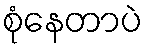
စုံနေတာပဲ